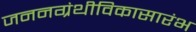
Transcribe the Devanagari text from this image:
जननग्रंथीविकासारंभ